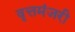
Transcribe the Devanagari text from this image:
वृत्तमंजरी